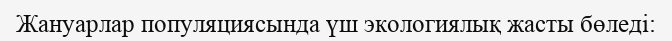
Жануарлар популяциясында үш экологиялық жасты бөледі: